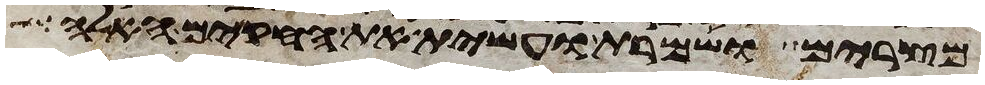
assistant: מצרים ושמרת ועשית את החקים האלה